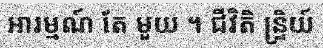
អារម្មណ៍ តែ មួយ ។ ជីវិតិ ន្ទ្រិយ៍